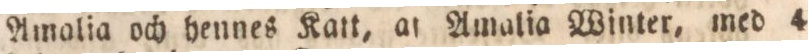
Amolia och hennes Katt, af Amalia Winter, med 4